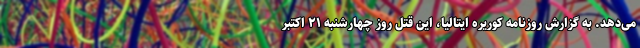
می‌دهد. به گزارش روزنامه کوریره ایتالیا، این قتل روز چهارشنبه ۲۱ اکتبر